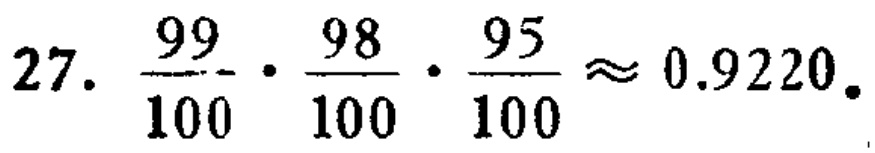
27. \(\frac{99}{100} \cdot \frac{98}{100} \cdot \frac{95}{100} \approx 0.9220\)